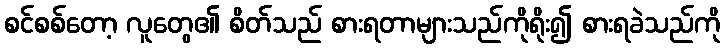
စင်စစ်တော့ လူတွေ၏ စိတ်သည် စားရတာများသည်ကိုရိုး၍ စားရခဲသည်ကို